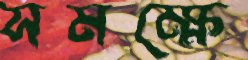
সমক্ষে